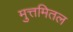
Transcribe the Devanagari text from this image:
मुत्तमितल